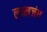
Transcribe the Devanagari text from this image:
लामजंग